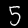
Label: 5